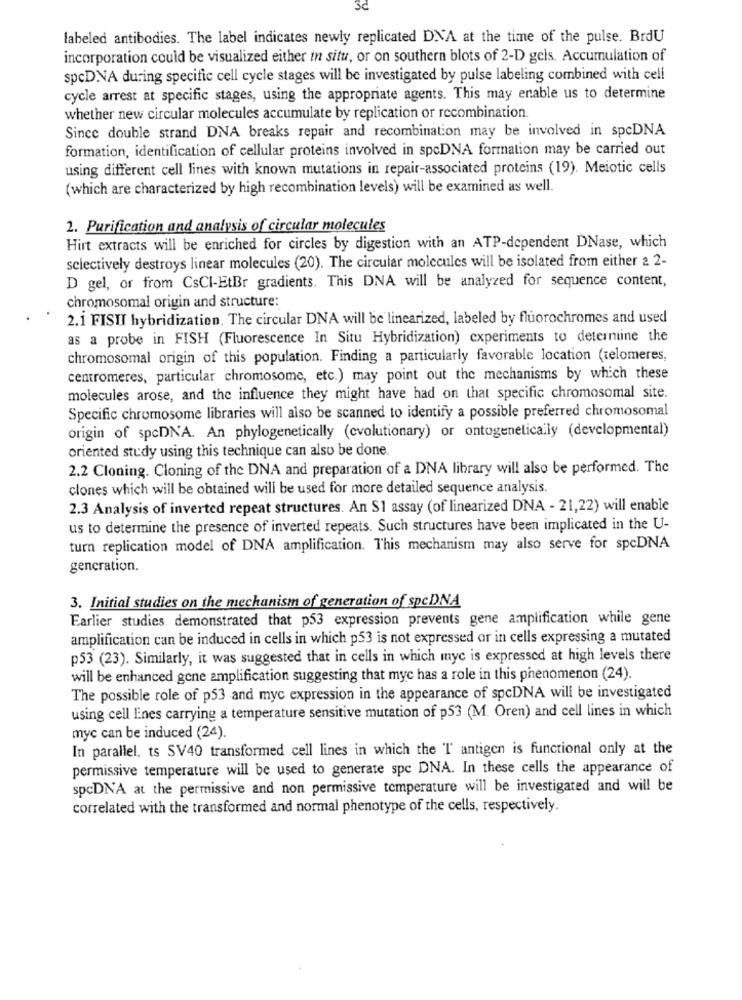
3c
labeled antibodies. The label indicates newly replicated DNA at the time of the pulse. BrdU
incorporation could be visualized either in situ, or on southern blots of 2-D gels. Accumulation of
spcDNA during specific cell cycle stages will be investigated by pulse labeling combined with cell
cycle arrest at specific stages, using the appropriate agents. This may enable us to determine
whether new circular molecules accumulate by replication or recombination.
Since double strand DNA breaks repair and recombination may be involved in spcDNA
formation, identification of cellular proteins involved in spcDNA formation may be carried out
using different cell lines with known mutations in repair-associated proteins (19). Meiotic cells
(which are characterized by high recombination levels) will be examined as well.
2. Purification and analysis of circular molecules
Hirt extracts will be enriched for circles by digestion with an ATP-dependent DNase, which
selectively destroys linear molecules (20). The circular molecules will be isolated from either 2 2-
D gel, or from CsCl-EtBr gradients. This DNA will be analyzed for sequence content,
chromosomal origin and structure:
2.1 FISII hybridization. The circular DNA will be linearized, labeled by fluorochromes and used
as a probe in FISH (Fluorescence In Situ Hybridization) experiments to determine the
chromosomal origin of this population. Finding a particularly favorable location (telomeres,
centromeres, particular chromosome, etc.) may point out the mechanisms by which these
molecules arose, and the influence they might have had on that specific chromosomal site.
Specific chromosome libraries will also be scanned to identify a possible preferred chromosomal
origin of spcDNA. An phylogenetically (cvolutionary) or ontogeneticaily (developmental)
oriented study using this technique can also be done.
2.2 Cloning. Cloning of the DNA and preparation of a DNA library will also be performed. The
clones which will be obtained will be used for more detailed sequence analysis.
2.3 Analysis of inverted repeat structures. An S1 assay (of linearized DNA - 21,22) will enable
us to determine the presence of inverted repeats. Such structures have been implicated in the U-
turn replication model of DNA amplification. This mechanism may also serve for spcDNA
generation.
3. Initial studies on the mechanism of generation of spcDNA
Earlier studies demonstrated that p53 expression prevents gene amplification while gene
amplification can be induced in cells in which p53 is not expressed or in cells expressing a mutated
p53 (23). Similarly, it was suggested that in cells in which myc is expressed at high levels there
will be enhanced gene amplification suggesting that myc has a role in this phenomenon (24).
The possible role of p53 and myc expression in the appearance of spcDNA will be investigated
using cell Enes carrying a temperature sensitive mutation of p53 (M. Oren) and cell lines in which
myc can be induced (24).
In parallel. ts SV40 transformed cell lines in which the T antigen is functional only at the
permissive temperature will be used to generate spc DNA. In these cells the appearance of
spcDNA at the permissive and non permissive temperature will be investigated and will be
correlated with the transformed and normal phenotype of the cells, respectively.